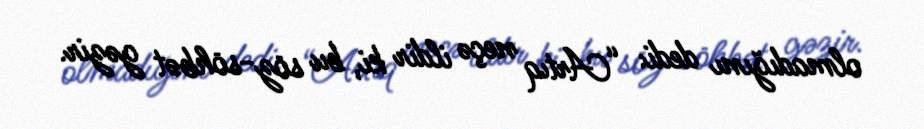
olmadığını dedi: “Artıq neçə ildir ki, bu söz-söhbət gəzir.